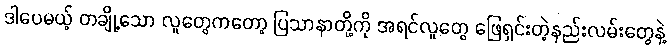
ဒါပေမယ့် တချို့သော လူတွေကတော့ ပြသာနာတို့ကို အရင်လူတွေ ဖြေရှင်းတဲ့နည်းလမ်းတွေနဲ့